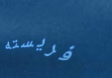
فريسته